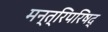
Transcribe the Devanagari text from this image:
मन्त्रिपरिषद्‍